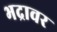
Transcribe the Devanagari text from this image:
भद्रावर